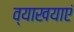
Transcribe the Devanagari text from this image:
व्याखयाएं